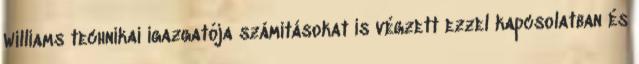
Williams technikai igazgatója számításokat is végzett ezzel kapcsolatban és